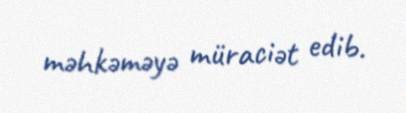
məhkəməyə müraciət edib.